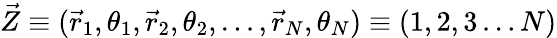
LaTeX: \vec{Z}\equiv(\vec{r}_{1},\theta_{1},\vec{r}_{2},\theta_{2},\ldots,\vec{r}_{N},\theta_{N})\equiv(1,2,3\ldots N)